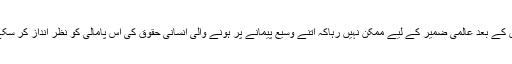
اس کے بعد عالمی ضمیر کے لیے ممکن نہیں رہاکہ اتنے وسیع پیمانے پر ہونے والی انسانی حقوق کی اس پامالی کو نظر انداز کر سکے۔